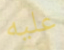
عليه